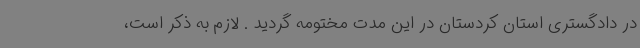
در دادگستری استان کردستان در این مدت مختومه گردید . لازم به ذکر است،